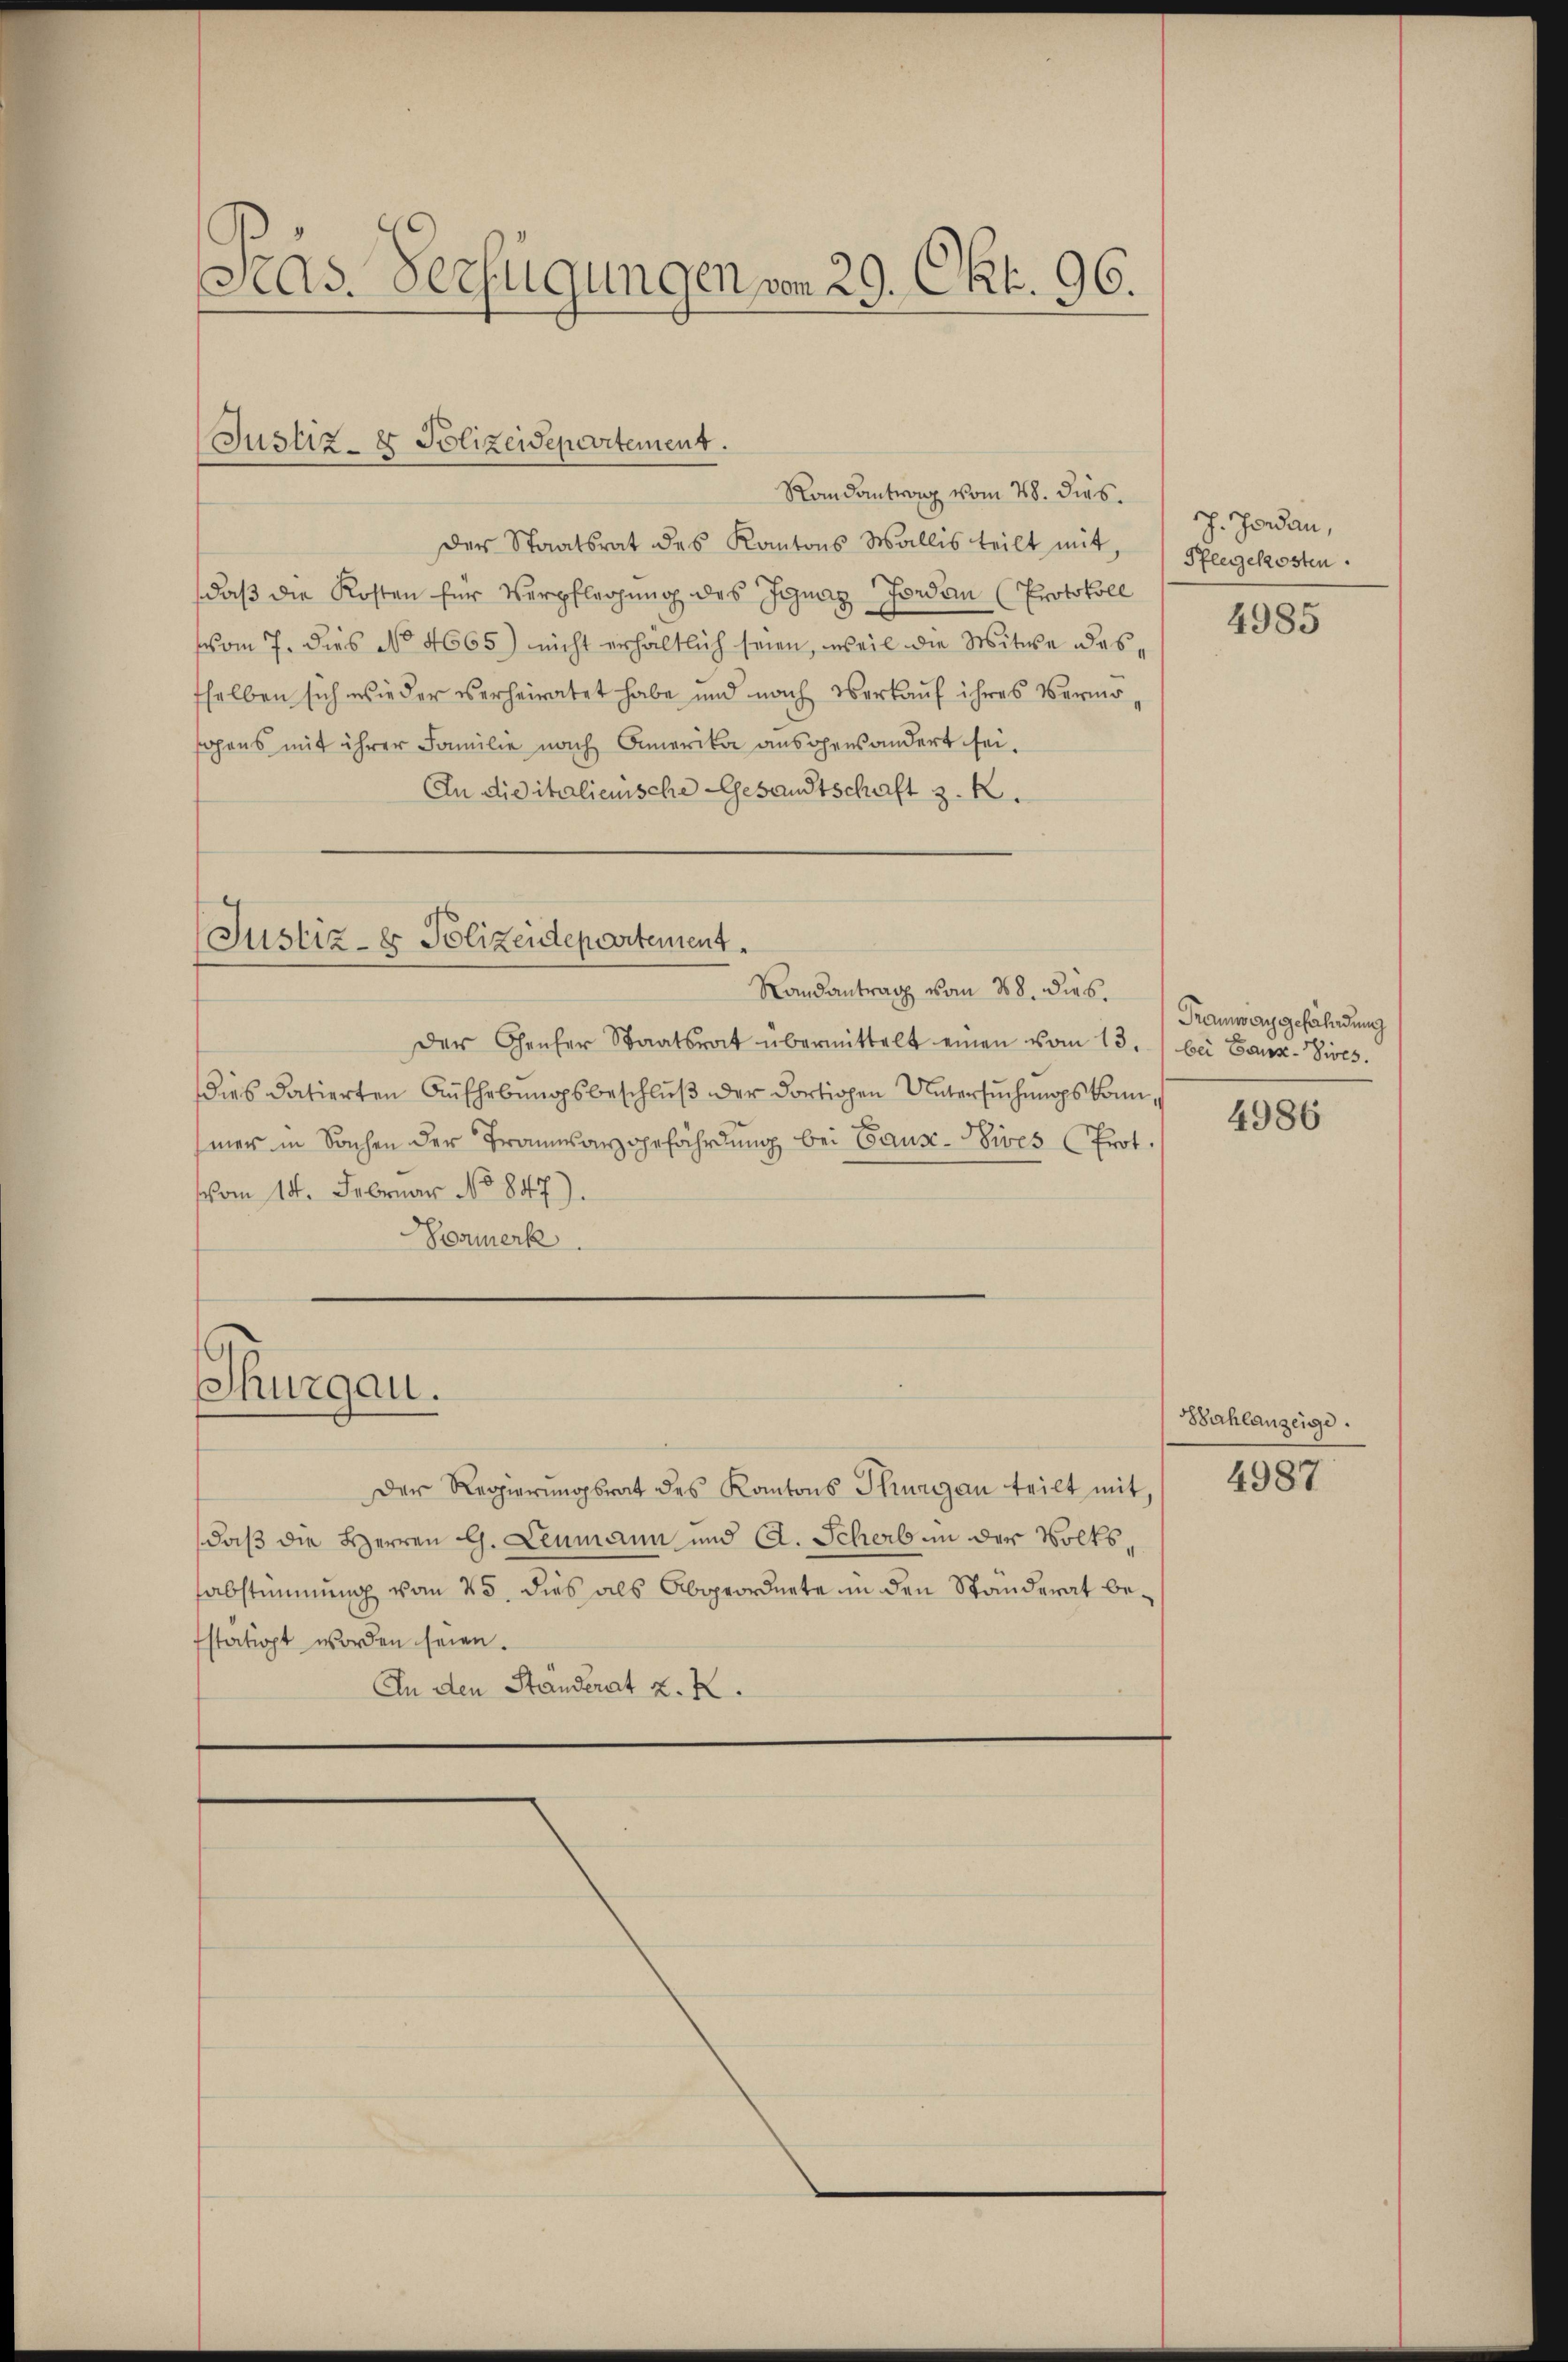
Jas. Verfügungen von 29. Okt. 96.

Randantrag vom 28. dies
Der Staatsrat des Kantons Wallis teilt mit, Spengekosten
daß die Kosten für Verpflegung des Ignaz Forden (Protokoll
vom 7. dies No 4665) nicht erhältlich seien, weil die Witwe dessselben sich wieder verheiratet habe und nach Verkauf ihres Vermöfohens mit ihrer Familie nach Amerika ausgensändert sei.
An die italienische Gesandtschaft z. B.

Justiz- & Polizeidepartement.

Justiz- & Polizeidepartement
Randantrag vom 28. dies.

der Genfer Staatsrat übermittelt einen vom 13. bei Ganz-Sives.
dies datierten Aufhebungsbeschluß der dortigen Untersuchungskommer in Sachen der Tramwarzgefährdung bei Gaus-Sives Prot.
vom 14. Februar No 847).
Vormerk

Thurgau.

Der Regierungsrat des Kantons Thurgau teilt mit,
daß die Herren G. Leumann und A. Scherben der Volkssabstimmung vom 25. dies als Abgeordnete in den Standerat befstätigt worden seien.
In den Ständerat K. K.

J. Jordan,

4985

Tramwaggefährdung

4986

Bahlanzeige.
4987